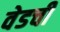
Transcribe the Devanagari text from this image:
वेडची